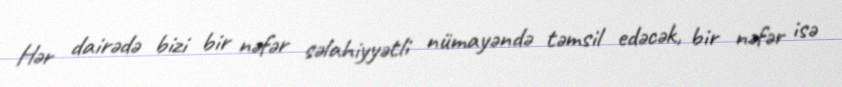
Hər dairədə bizi bir nəfər səlahiyyətli nümayəndə təmsil edəcək, bir nəfər isə